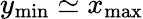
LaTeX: y_{\mathrm{min}}\simeq x_{\mathrm{max}}